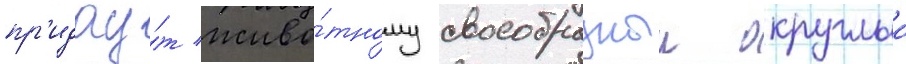
пр'идау́т живо́тному своеобразныи округлыи